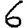
Digit: 6